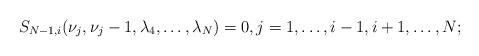
LaTeX: \begin{align*}S_{N-1,i}(\nu_j, \nu_j - 1,\lambda_4, \dots, \lambda_N) =0,j = 1, \dots, i-1, i+1,\ldots, N;\end{align*}